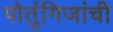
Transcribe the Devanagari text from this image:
पोर्तुगिजांची